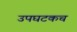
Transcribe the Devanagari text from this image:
उपघटकच